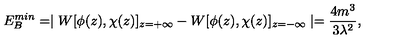
E _ { B } ^ { m i n } = \mid W [ \phi ( z ) , \chi ( z ) ] _ { z = + \infty } - W [ \phi ( z ) , \chi ( z ) ] _ { z = - \infty } \mid = \frac { 4 m ^ { 3 } } { 3 \lambda ^ { 2 } } ,